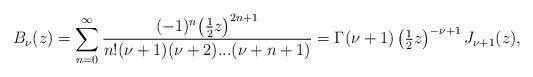
LaTeX: \begin{align*}B_{\nu}(z) = \sum_{n=0}^{\infty} \frac{(-1)^n \big(\tfrac12 z\big)^{2n+1}}{n!(\nu +1)(\nu +2)...(\nu+n+1)} = \Gamma(\nu +1) \left(\tfrac12 z\right)^{-\nu+1} J_{\nu+1}(z),\end{align*}